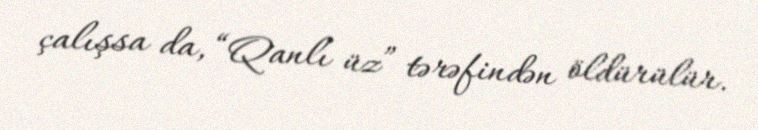
çalışsa da, “Qanlı üz” tərəfindən öldürülür.